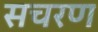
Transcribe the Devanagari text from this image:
सचरण